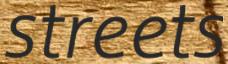
streets